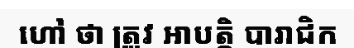
ហៅ ថា ត្រូវ អាបត្តិ បារាជិក